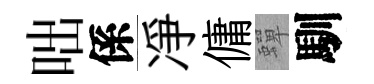
咄係凈傭蟬馴